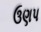
ઉણપ